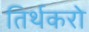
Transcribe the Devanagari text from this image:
तिर्थकरो